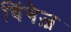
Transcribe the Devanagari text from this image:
चिंगेज़